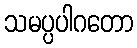
သမပ္ပပါဂတော